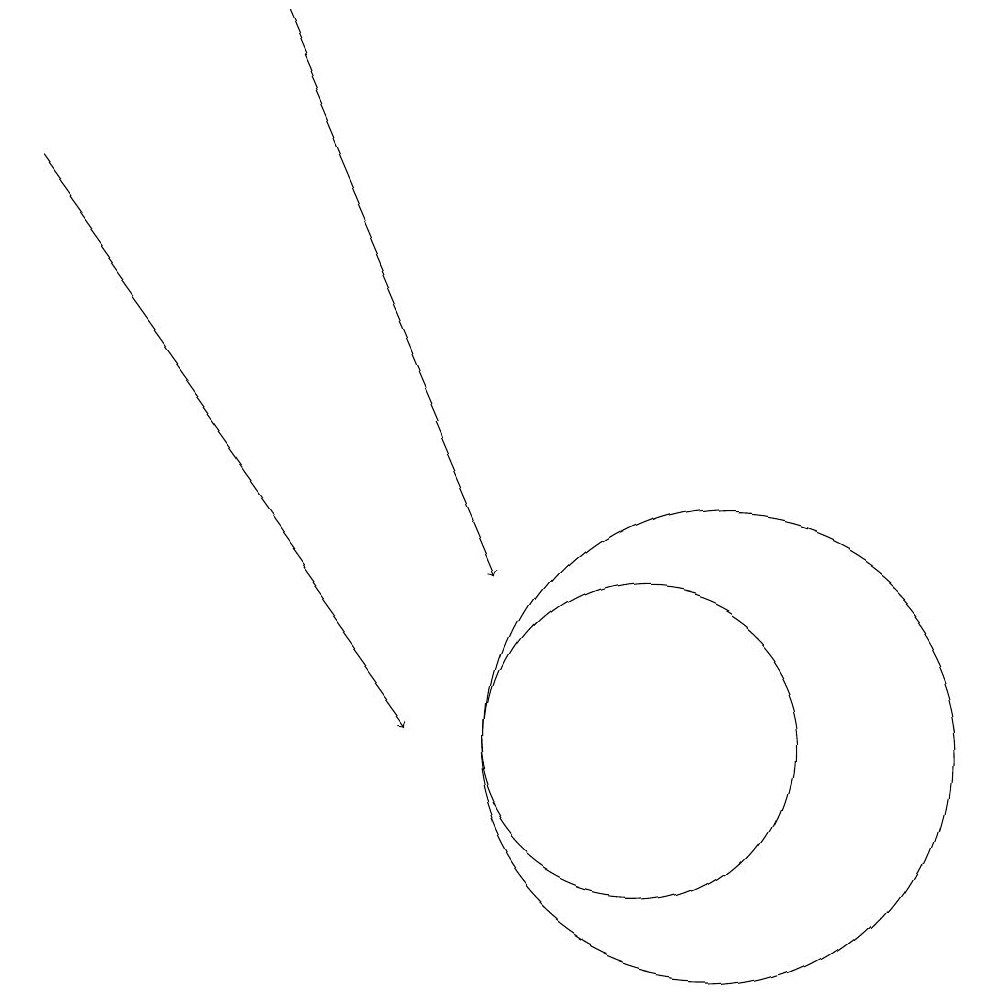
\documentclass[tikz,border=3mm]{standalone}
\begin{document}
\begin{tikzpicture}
\draw (10,10) circle (2);
\draw[->] (2,17) -- (7,10);
\draw (11,10) circle (3);
\draw[->] (5,19) -- (8,12);
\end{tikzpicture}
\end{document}